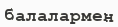
балалармен